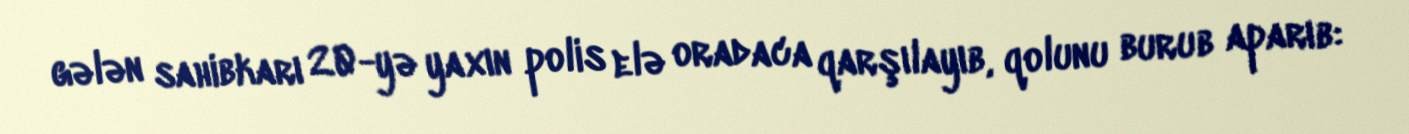
gələn sahibkarı 20-yə yaxın polis elə oradaca qarşılayıb, qolunu burub aparıb: